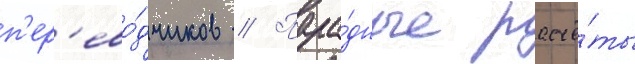
п'ер'ево́дчиков // Пара́дные расчё́ты